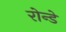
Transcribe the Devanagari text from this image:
रोन्डे